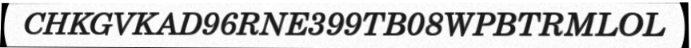
CHKGVKAD96RNE399TB08WPBTRMLOL